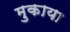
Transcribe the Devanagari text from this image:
मुकाया